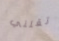
تقلني